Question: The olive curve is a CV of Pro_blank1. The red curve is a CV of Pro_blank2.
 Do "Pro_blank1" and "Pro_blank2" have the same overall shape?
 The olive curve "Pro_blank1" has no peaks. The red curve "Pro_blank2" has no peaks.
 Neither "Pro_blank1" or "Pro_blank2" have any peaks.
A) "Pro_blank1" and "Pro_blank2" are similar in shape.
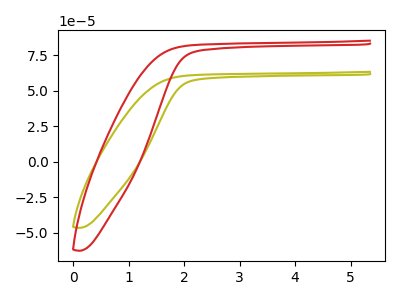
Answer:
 <answer>A) "Pro_blank1" and "Pro_blank2" are similar in shape.</answer>
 <eval>A</eval>